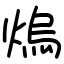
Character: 熓